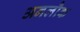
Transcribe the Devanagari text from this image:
अनलौक